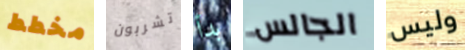
مخطط تشربون بدأ الجالس وليس